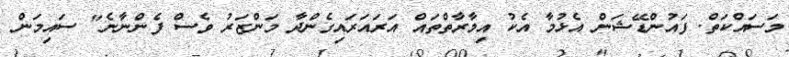
މަސައްކަތް. ފައުންޑޭޝަން އެޅުމާ އެކު އިމާރާތްތައް އަރައަރައިގެންދާ މަންޒަރު ވެސް ފެންނާނެ" ސައިމަން